Annual report of the Madras Medical College
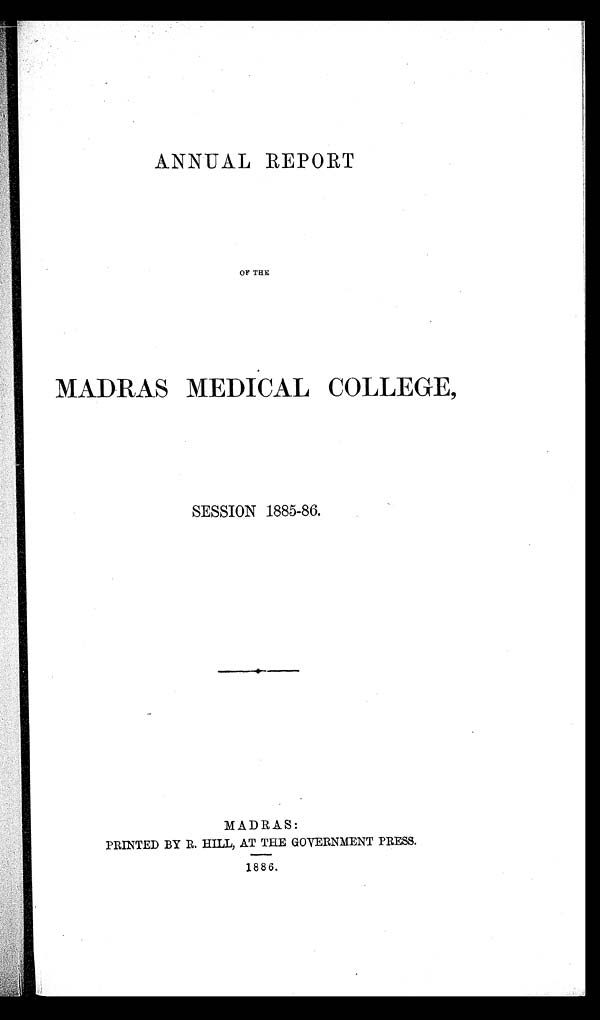
ANNUAL REPORT
OF THE
MADRAS MEDICAL COLLEGE,
SESSION 1885-86.
MADRAS:
PRINTED BY R. HILL, AT THE GOVERNMENT PRESS.
1886.